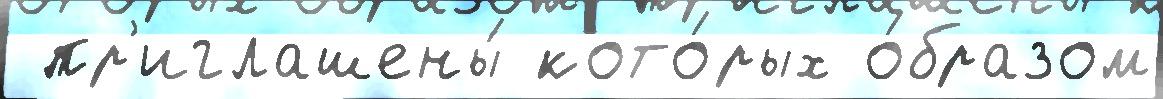
 пр'иглашены́ кото́рых о́бразом